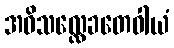
အဓိသလ္လေခတေဝါယံ